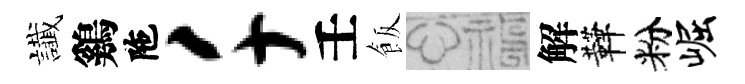
䜟鷄陁千壬飯福解鞾粉崛